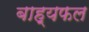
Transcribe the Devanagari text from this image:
बाह्यफल